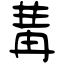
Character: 冓